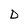
Character: D